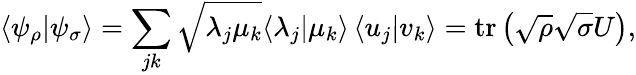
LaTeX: \langle\psi_{\rho}|\psi_{\sigma}\rangle=\sum_{jk}{\sqrt{\lambda_{j}\mu_{k}}}\langle\lambda_{j}|\mu_{k}\rangle\, \langle u_{j}|v_{k}\rangle=\operatorname{tr}\left({\sqrt{\rho}}{\sqrt{\sigma}}U\right),